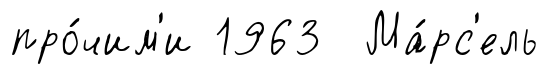
про́чим'и 1963 Ма́рс'ель